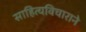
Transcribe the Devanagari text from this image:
साहित्यविचाराने